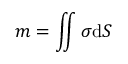
m = \iint \sigma \mathrm { d } S